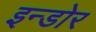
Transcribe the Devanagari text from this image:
इन्‍डोर